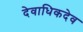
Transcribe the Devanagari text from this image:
देवाधिकदेव